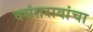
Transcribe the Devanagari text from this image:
वसंतरावांचा